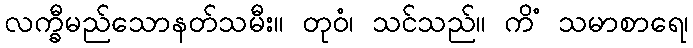
လက္ခီမည်သောနတ်သမီး။ တုဝံ၊ သင်သည်။ ကိံ သမာစာရေ၊